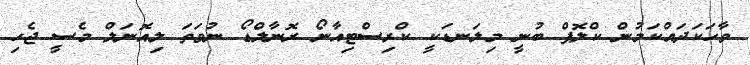
ވާހަކަދައްކަމުން ކްލޮޕް ބުނީ މިލަނޑަކީ ކްރިސްޓިއާނޯ ރޮނާލްޑޯ ނުވަތަ ލިއޮނަލް މެސީ ޖެހި